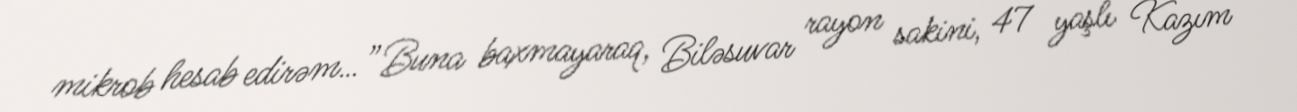
mikrob hesab edirəm…” Buna baxmayaraq, Biləsuvar rayon sakini, 47 yaşlı Kazım